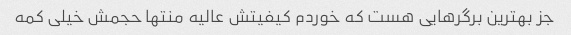
جز بهترین برگرهایی هست که خوردم کیفیتش عالیه منتها حجمش خیلی کمه